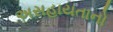
અસહાયતાનો